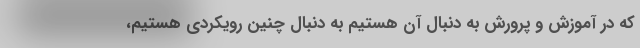
که در آموزش و پرورش به دنبال آن هستیم به دنبال چنین رویکردی هستیم،